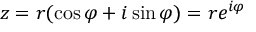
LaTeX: z = r ( \cos \varphi + i \sin \varphi ) = r e ^ { i \varphi }